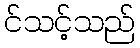
င်သင့်သည်